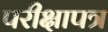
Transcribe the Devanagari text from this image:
परीक्षापत्र